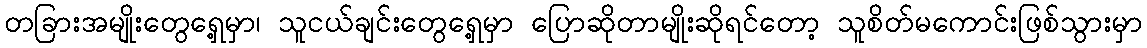
တခြားအမျိုးတွေရှေ့မှာ၊ သူငယ်ချင်းတွေရှေ့မှာ ပြောဆိုတာမျိုးဆိုရင်တော့ သူစိတ်မကောင်းဖြစ်သွားမှာ